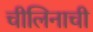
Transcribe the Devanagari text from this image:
चीलिनाची